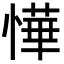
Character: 㦊